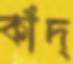
কাঁদ্‌